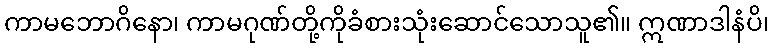
ကာမဘောဂိနော၊ ကာမဂုဏ်တို့ကိုခံစားသုံးဆောင်သောသူ၏။ ဣဏာဒါနံပိ၊